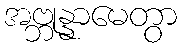
အဗ္ဘုန္နာမေတွာ